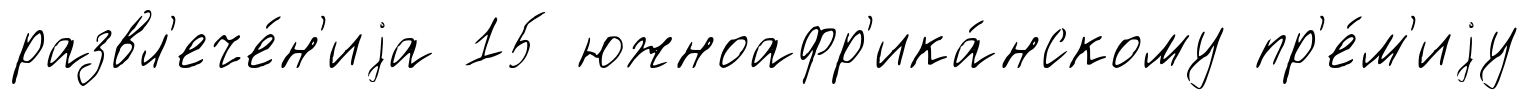
развл'ече́н'иjа 15 южноафр'ика́нскому пр'е́м'иjу